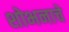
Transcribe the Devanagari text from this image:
शोभनाचे